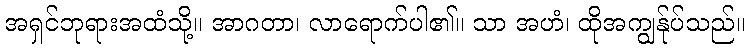
အရှင်ဘုရားအထံသို့။ အာဂတာ၊ လာရောက်ပါ၏။ သာ အဟံ၊ ထိုအကျွန်ုပ်သည်။